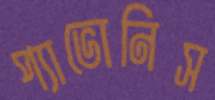
প্যাভোনিস